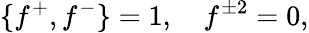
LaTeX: \{ f^{+},f^{-}\} =1,\quad f^{\pm 2}=0,